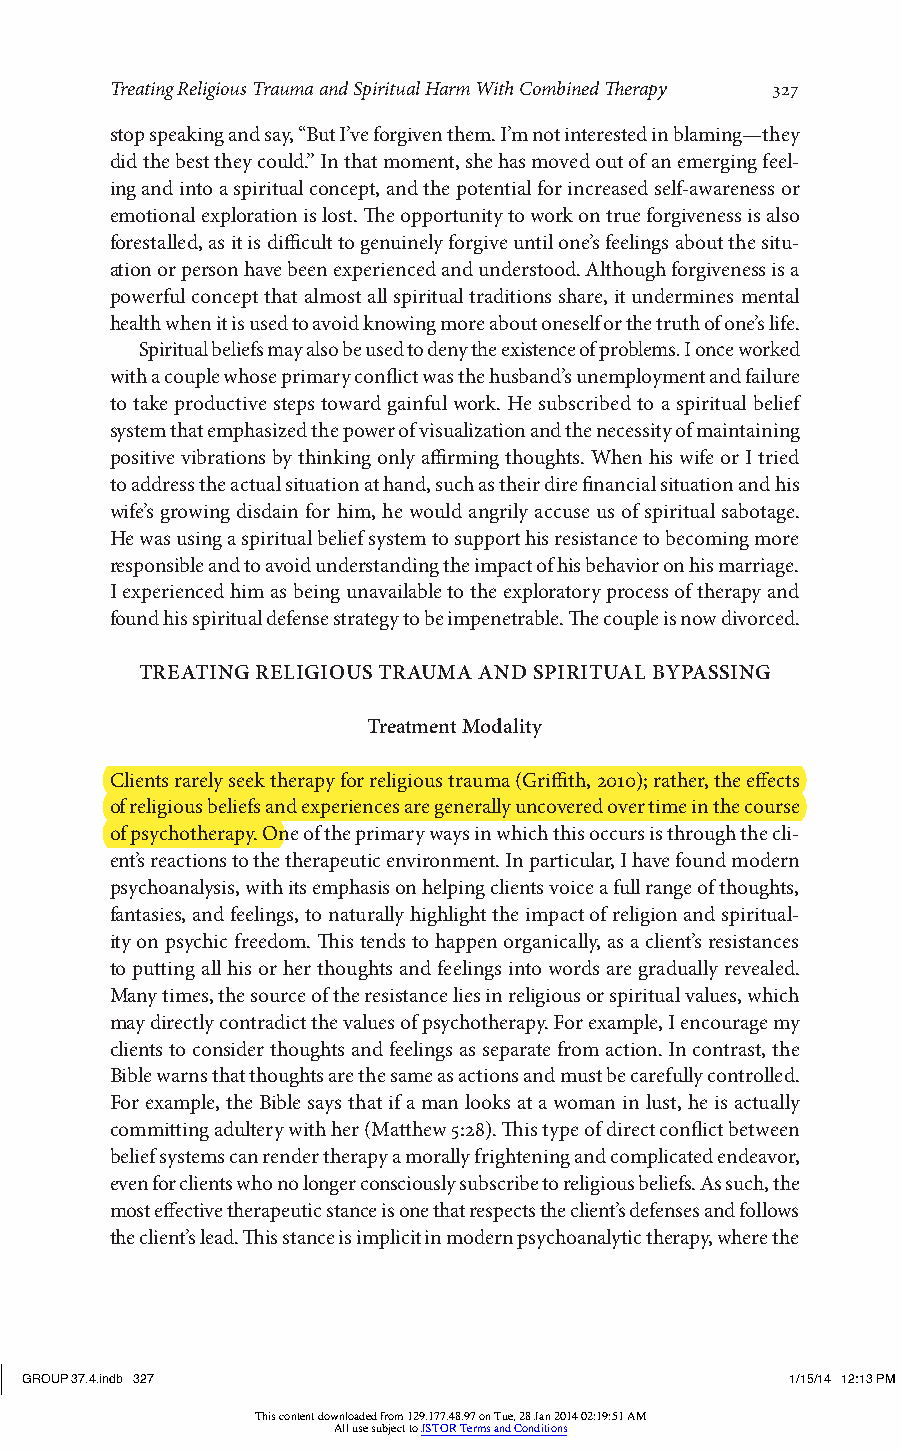
Treating Religious Trauma and Spiritual Harm With Combined Therapy 327
 stop speaking and say, “But I’ve forgiven them. I’m not interested in blaming—they
 did the best they could.” In that moment, she has moved out of an emerging feel-
 ing and into a spiritual concept, and the potential for increased self-awareness or
 emotional exploration is lost. The opportunity to work on true forgiveness is also
 forestalled, as it is difficult to genuinely forgive until one’s feelings about the situ-
 ation or person have been experienced and understood. Although forgiveness is a
 powerful concept that almost all spiritual traditions share, it undermines mental
 health when it is used to avoid knowing more about oneself or the truth of one’s life.
 Spiritual beliefs may also be used to deny the existence of problems. I once worked
 with a couple whose primary conflict was the husband’s unemployment and failure
 to take productive steps toward gainful work. He subscribed to a spiritual belief
 system that emphasized the power of visualization and the necessity of maintaining
 positive vibrations by thinking only affirming thoughts. When his wife or I tried
 to address the actual situation at hand, such as their dire financial situation and his
 wife’s growing disdain for him, he would angrily accuse us of spiritual sabotage.
 He was using a spiritual belief system to support his resistance to becoming more
 responsible and to avoid understanding the impact of his behavior on his marriage.
 I experienced him as being unavailable to the exploratory process of therapy and
 found his spiritual defense strategy to be impenetrable. The couple is now divorced.
 TREATING RELIGIOUS TRAUMA AND SPIRITUAL BYPASSING
 Treatment Modality
 Clients rarely seek therapy for religious trauma (Griffith, 2010); rather, the effects
 of religious beliefs and experiences are generally uncovered over time in the course
 of psychotherapy. One of the primary ways in which this occurs is through the cli-
 ent’s reactions to the therapeutic environment. In particular, I have found modern
 psychoanalysis, with its emphasis on helping clients voice a full range of thoughts,
 fantasies, and feelings, to naturally highlight the impact of religion and spiritual-
 ity on psychic freedom. This tends to happen organically, as a client’s resistances
 to putting all his or her thoughts and feelings into words are gradually revealed.
 Many times, the source of the resistance lies in religious or spiritual values, which
 may directly contradict the values of psychotherapy. For example, I encourage my
 clients to consider thoughts and feelings as separate from action. In contrast, the
 Bible warns that thoughts are the same as actions and must be carefully controlled.
 For example, the Bible says that if a man looks at a woman in lust, he is actually
 committing adultery with her (Matthew 5:28). This type of direct conflict between
 belief systems can render therapy a morally frightening and complicated endeavor,
 even for clients who no longer consciously subscribe to religious beliefs. As such, the
 most effective therapeutic stance is one that respects the client’s defenses and follows
 the client’s lead. This stance is implicit in modern psychoanalytic therapy, where the
 GROUP 37.4.indb 327                                1/15/14 12:13 PM
 This content downloaded from 129.177.48.97 on Tue, 28 Jan 2014 02:19:51 AM
 All use subject to JSTOR Terms and Conditions